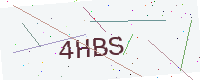
Text: 4HBS